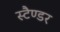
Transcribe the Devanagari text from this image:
स्टैण्डर